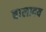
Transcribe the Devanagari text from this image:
बालादय